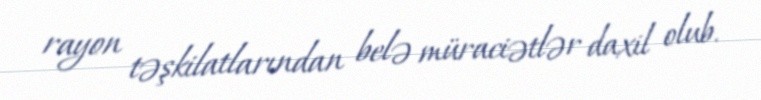
rayon təşkilatlarından belə müraciətlər daxil olub.